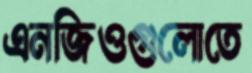
এনজিওগুলোতে